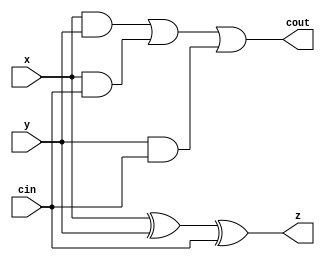
module FAC(
    input x,
    input y,
    input cin,
    output z,
    output cout
);

assign z = x ^ y ^ cin;
assign cout = (x & y) | (x & cin) | (y & cin);

endmodule


module RCA(a, b, cin, cout, sum);
    input [15:0] a, b;
    input cin;
    output [15:0] sum;
    output cout;
    wire [15:1] c; //wire pt ca e variabila locala

generate 
    genvar k;
        for(k = 0; k < 16; k = k + 1) begin:v
        if(k == 0)
            FAC stage(.x(a[k]), .y(b[k]), .cin(cin), .z(sum[k]), .cout(c[k+1]));
        else if(k == 15)
            FAC stage(.x(a[k]), .y(b[k]), .cin(c[k]), .z(sum[k]), .cout(cout));
            else 
                FAC stage(.x(a[k]), .y(b[k]), .cin(c[k]), .z(sum[k]), .cout(c[k+1]));
        end
endgenerate

endmodule